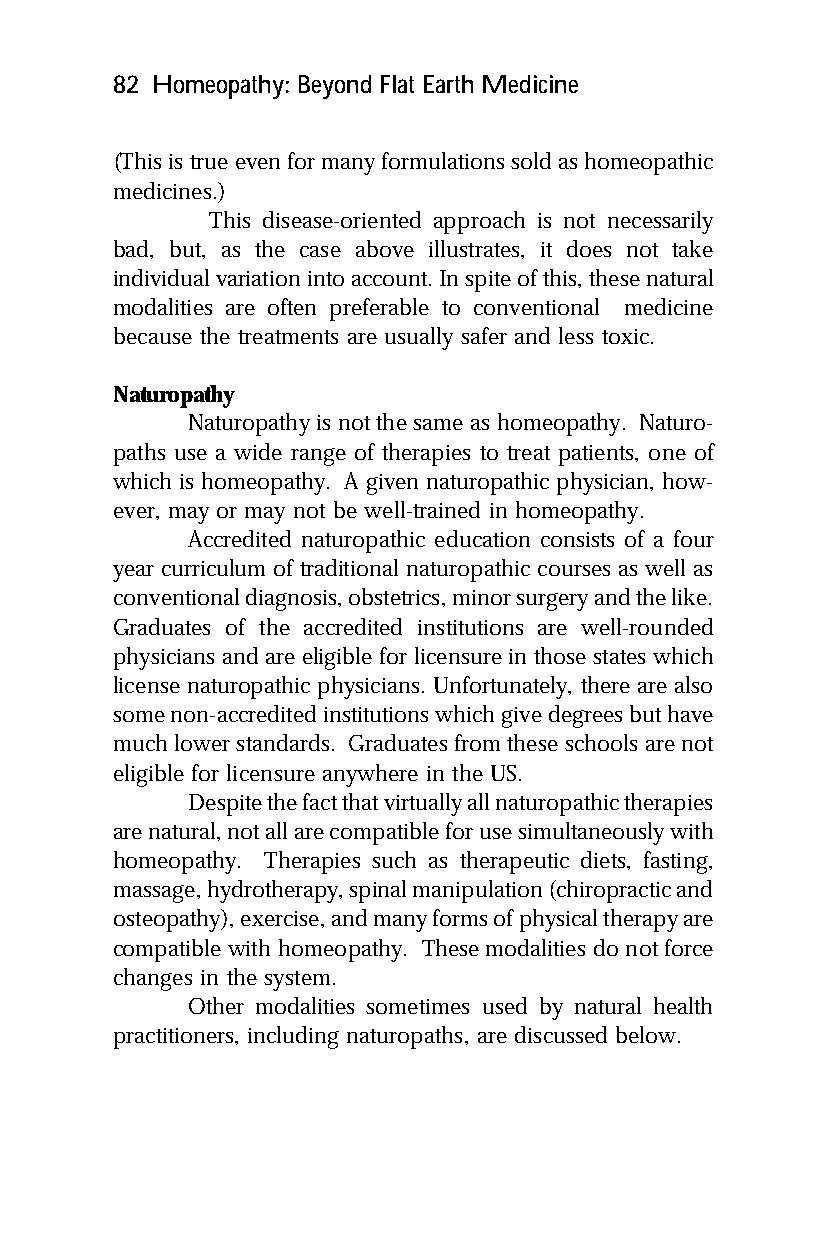
82 Homeopathy: Beyond Flat Earth Medicine
 (This is true even for many formulations sold as homeopathic
 medicines.)
 This disease-oriented approach is not necessarily
 bad, but, as the case above illustrates, it does not take
 individual variation into account. In spite of this, these natural
 modalities are often preferable to conventional medicine
 because the treatments are usually safer and less toxic.
 Naturopathy
 Naturopathy is not the same as homeopathy. Naturo-
 paths use a wide range of therapies to treat patients, one of
 which is homeopathy. A given naturopathic physician, how-
 ever, may or may not be well-trained in homeopathy.
 Accredited naturopathic education consists of a four
 year curriculum of traditional naturopathic courses as well as
 conventional diagnosis, obstetrics, minor surgery and the like.
 Graduates of the accredited institutions are well-rounded
 physicians and are eligible for licensure in those states which
 license naturopathic physicians. Unfortunately, there are also
 some non-accredited institutions which give degrees but have
 much lower standards. Graduates from these schools are not
 eligible for licensure anywhere in the US.
 Despite the fact that virtually all naturopathic therapies
 are natural, not all are compatible for use simultaneously with
 homeopathy. Therapies such as therapeutic diets, fasting,
 massage, hydrotherapy, spinal manipulation (chiropractic and
 osteopathy), exercise, and many forms of physical therapy are
 compatible with homeopathy. These modalities do not force
 changes in the system.
 Other modalities sometimes used by natural health
 practitioners, including naturopaths, are discussed below.